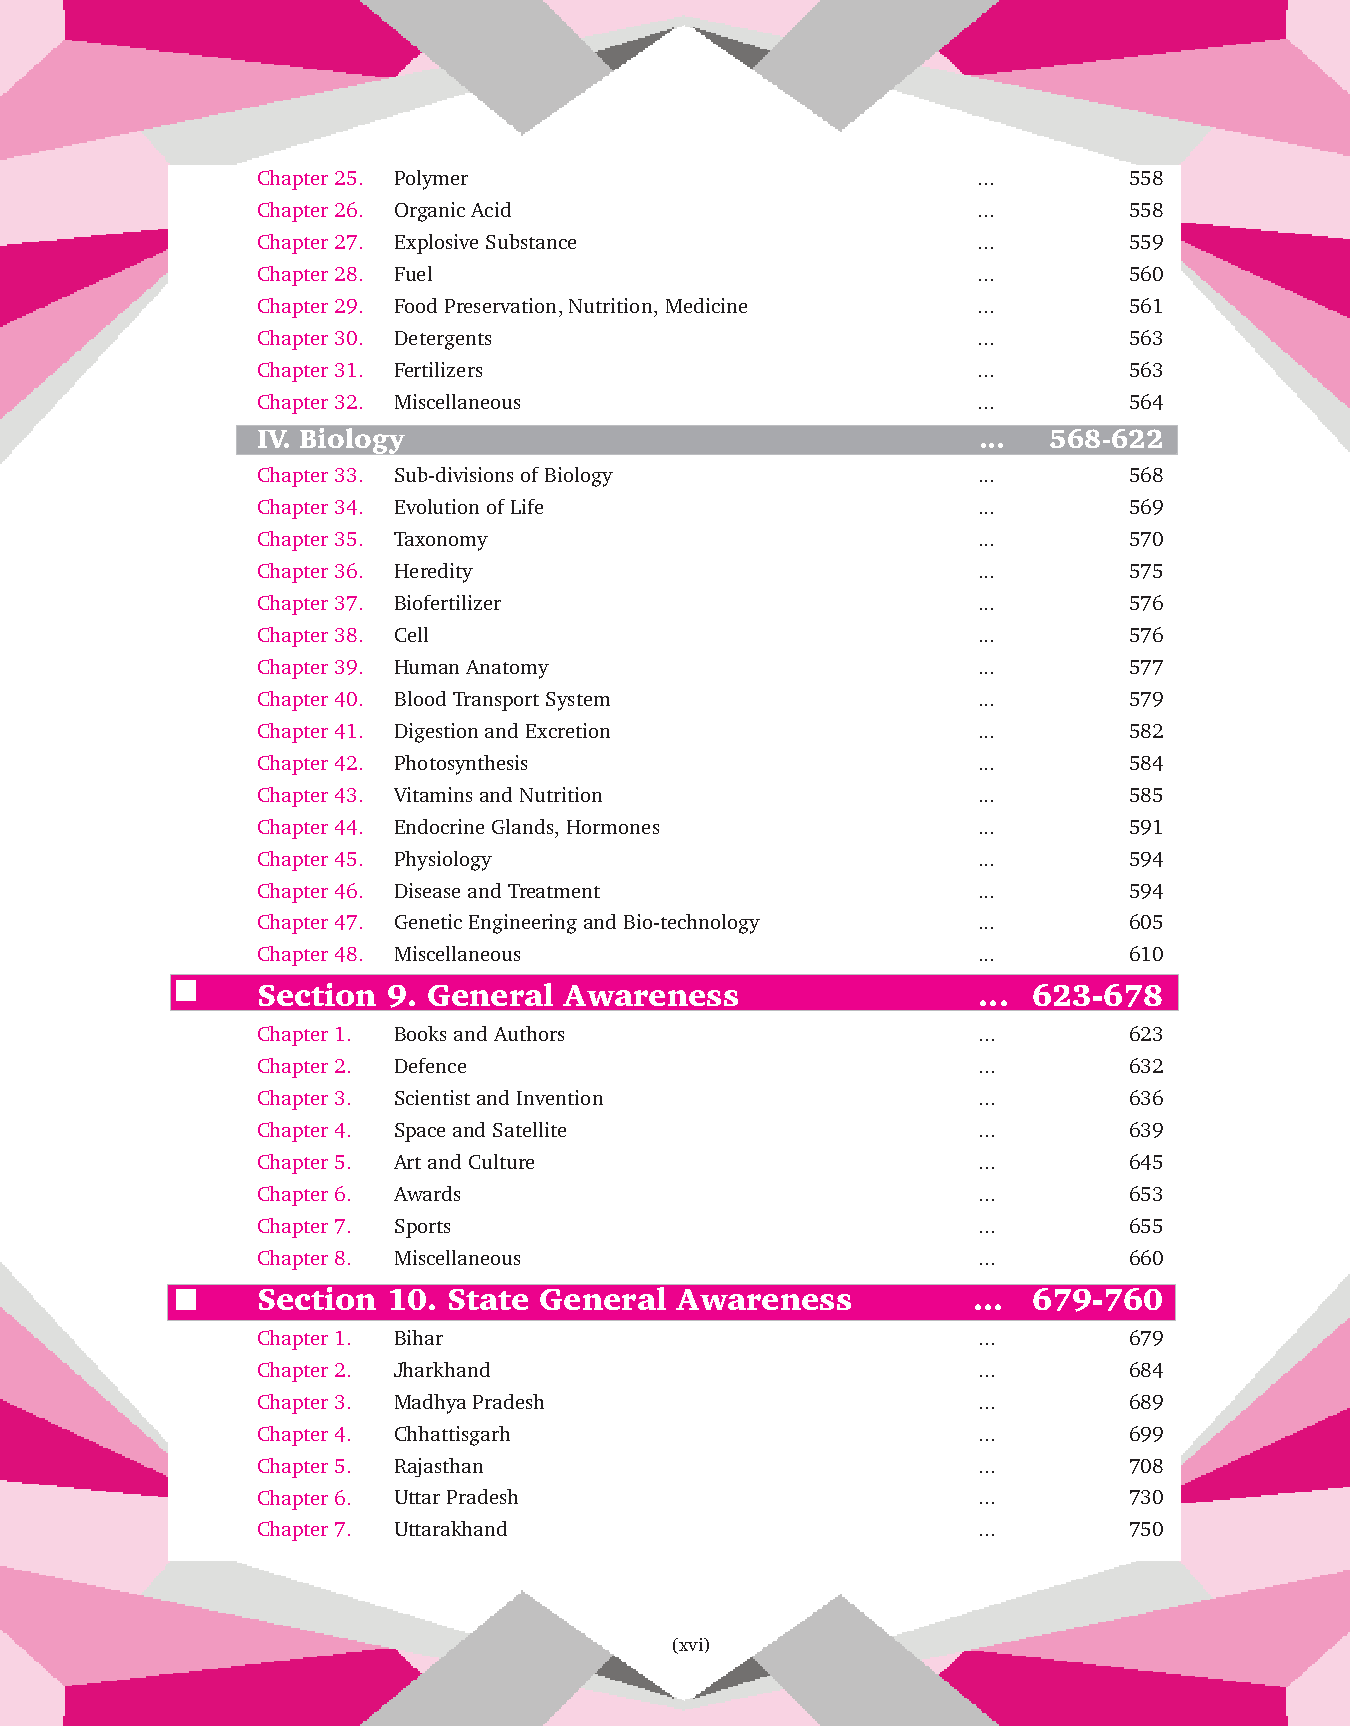
Chapter 25. Polymer                             ...       558
 Chapter 26. Organic Acid                        ...       558
 Chapter 27. Explosive Substance                 ...       559
 Chapter 28. Fuel                                ...       560
 Chapter 29. Food Preservation, Nutrition, Medicine ...    561
 Chapter 30. Detergents                          ...       563
 Chapter 31. Fertilizers                         ...       563
 Chapter 32. Miscellaneous                       ...       564
 IV. Biology                                     ... 568-622
 Chapter 33. Sub-divisions of Biology            ...       568
 Chapter 34. Evolution of Life                   ...       569
 Chapter 35. Taxonomy                            ...       570
 Chapter 36. Heredity                            ...       575
 Chapter 37. Biofertilizer                       ...       576
 Chapter 38. Cell                                ...       576
 Chapter 39. Human Anatomy                       ...       577
 Chapter 40. Blood Transport System              ...       579
 Chapter 41. Digestion and Excretion             ...       582
 Chapter 42. Photosynthesis                      ...       584
 Chapter 43. Vitamins and Nutrition              ...       585
 Chapter 44. Endocrine Glands, Hormones          ...       591
 Chapter 45. Physiology                          ...       594
 Chapter 46. Disease and Treatment               ...       594
 Chapter 47. Genetic Engineering and Bio-technology ...    605
 Chapter 48. Miscellaneous                       ...       610
 Section  9. General Awareness                   ... 623-678
 Chapter 1. Books and Authors                    ...       623
 Chapter 2. Defence                              ...       632
 Chapter 3. Scientist and Invention              ...       636
 Chapter 4. Space and Satellite                  ...       639
 Chapter 5. Art and Culture                      ...       645
 Chapter 6. Awards                               ...       653
 Chapter 7. Sports                               ...       655
 Chapter 8. Miscellaneous                        ...       660
 Section  10. State General  Awareness          ... 679-760
 Chapter 1. Bihar                                ...       679
 Chapter 2. Jharkhand                            ...       684
 Chapter 3. Madhya Pradesh                       ...       689
 Chapter 4. Chhattisgarh                         ...       699
 Chapter 5. Rajasthan                            ...       708
 Chapter 6. Uttar Pradesh                        ...       730
 Chapter 7. Uttarakhand                          ...       750
 (xvi)